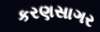
કરણસાગર